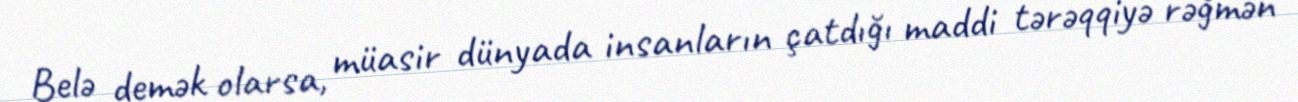
Belə demək olarsa, müasir dünyada insanların çatdığı maddi tərəqqiyə rəğmən